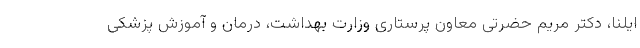
ایلنا، دکتر مریم حضرتی معاون پرستاری وزارت بهداشت، درمان و آموزش پزشکی